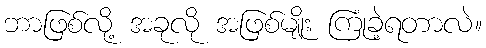
ဘာဖြစ်လို့ အခုလို အဖြစ်မျိုး ကြုံခဲ့ရတာလဲ။